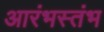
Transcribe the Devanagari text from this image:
आरंभस्तंभ